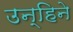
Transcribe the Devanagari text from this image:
उन्हिने